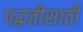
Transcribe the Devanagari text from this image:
पद्धतीसाठी